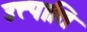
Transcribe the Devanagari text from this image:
उत्त्पात्ति